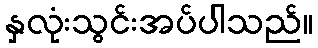
နှလုံးသွင်းအပ်ပါသည်။